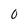
Character: 0